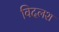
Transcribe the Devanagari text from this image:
विदलश